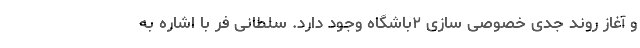
و آغاز روند جدی خصوصی سازی ۲باشگاه وجود دارد. سلطانی فر با اشاره به